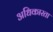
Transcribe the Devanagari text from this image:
अधिकारता